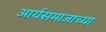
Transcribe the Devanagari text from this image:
आर्यसमाजाच्या